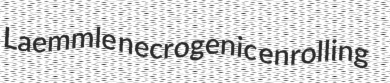
Laemmle necrogenic enrolling